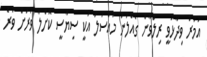
އުމަރު ވިދާޅުވީ ރިލްވާން ގެއްލުނު މައްސަލަ އަކީ ސިޔާސީ ކޮށްލާ ވަރަށް ވުރެ